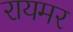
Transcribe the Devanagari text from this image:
रायमर